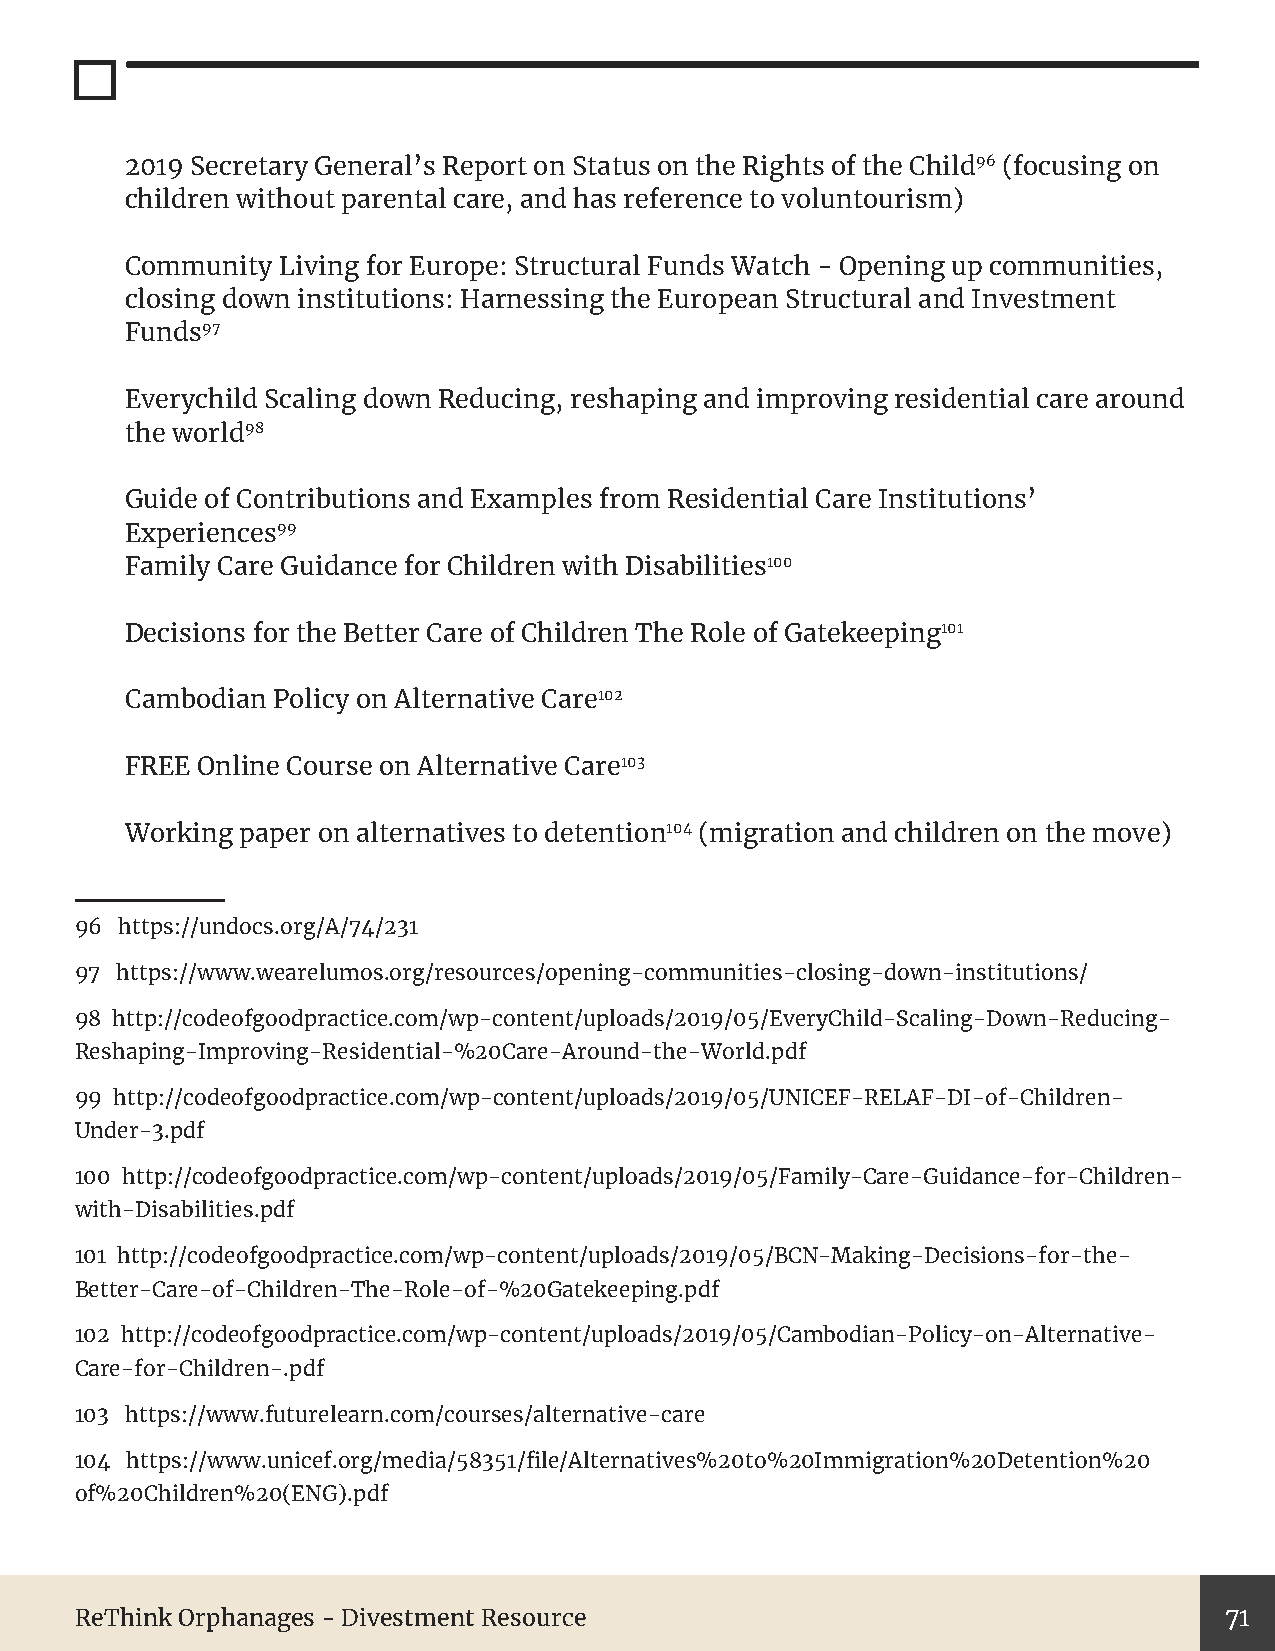
2019 Secretary General’s Report on Status on the Rights of the Child96 (focusing on
 children without parental care, and has reference to voluntourism)
 Community  Living for Europe: Structural Funds Watch - Opening up communities,
 closing down institutions: Harnessing the European Structural and Investment
 Funds97
 Everychild Scaling down Reducing, reshaping and improving residential care around
 the world98
 Guide of Contributions and Examples from Residential Care Institutions’
 Experiences99
 Family Care Guidance for Children with Disabilities100
 Decisions for the Better Care of Children The Role of Gatekeeping101
 Cambodian Policy on Alternative Care102
 FREE Online Course on Alternative Care103
 Working paper on alternatives to detention104 (migration and children on the move)
 96 https://undocs.org/A/74/231
 97 https://www.wearelumos.org/resources/opening-communities-closing-down-institutions/
 98 http://codeofgoodpractice.com/wp-content/uploads/2019/05/EveryChild-Scaling-Down-Reducing-
 Reshaping-Improving-Residential-%20Care-Around-the-World.pdf
 99 http://codeofgoodpractice.com/wp-content/uploads/2019/05/UNICEF-RELAF-DI-of-Children-
 Under-3.pdf
 100 http://codeofgoodpractice.com/wp-content/uploads/2019/05/Family-Care-Guidance-for-Children-
 with-Disabilities.pdf
 101 http://codeofgoodpractice.com/wp-content/uploads/2019/05/BCN-Making-Decisions-for-the-
 Better-Care-of-Children-The-Role-of-%20Gatekeeping.pdf
 102 http://codeofgoodpractice.com/wp-content/uploads/2019/05/Cambodian-Policy-on-Alternative-
 Care-for-Children-.pdf
 103 https://www.futurelearn.com/courses/alternative-care
 104 https://www.unicef.org/media/58351/file/Alternatives%20to%20Immigration%20Detention%20
 of%20Children%20(ENG).pdf
 ReThink Orphanages - Divestment Resource                                    71